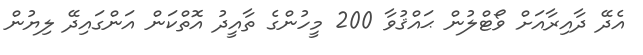
އެދޭ ދާއިރާއަށް ވޯޓްލުން ޙައްޤުވާ 200 މީހުންގެ ތާއީދު އޮތްކަން އަންގައިދޭ ލިޔުން